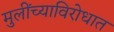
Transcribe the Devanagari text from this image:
मुलींच्याविरोधात